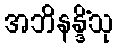
အဘိနန္ဒိံသု